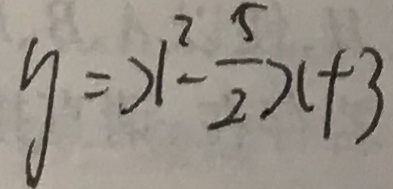
y = x ^ { 2 } - \frac { 5 } { 2 } x + 3